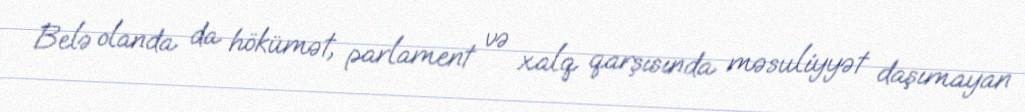
Belə olanda da hökümət, parlament və xalq qarşısında məsuliyyət daşımayan